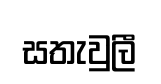
සතැවුලී